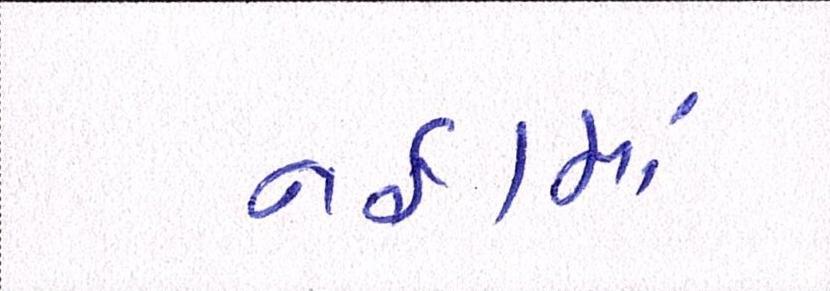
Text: નફામાં